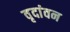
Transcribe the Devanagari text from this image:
वृदांवन